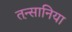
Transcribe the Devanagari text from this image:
तन्स़ानिया